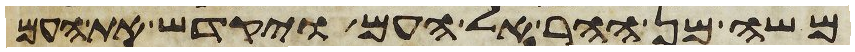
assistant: משה מן ההר אל העם ויקדש את העם